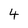
Character: 4